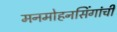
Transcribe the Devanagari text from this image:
मनमोहनसिंगांची